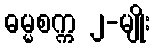
ဓမ္မစက္က ၂-မျိုး